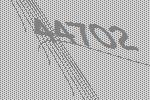
44702